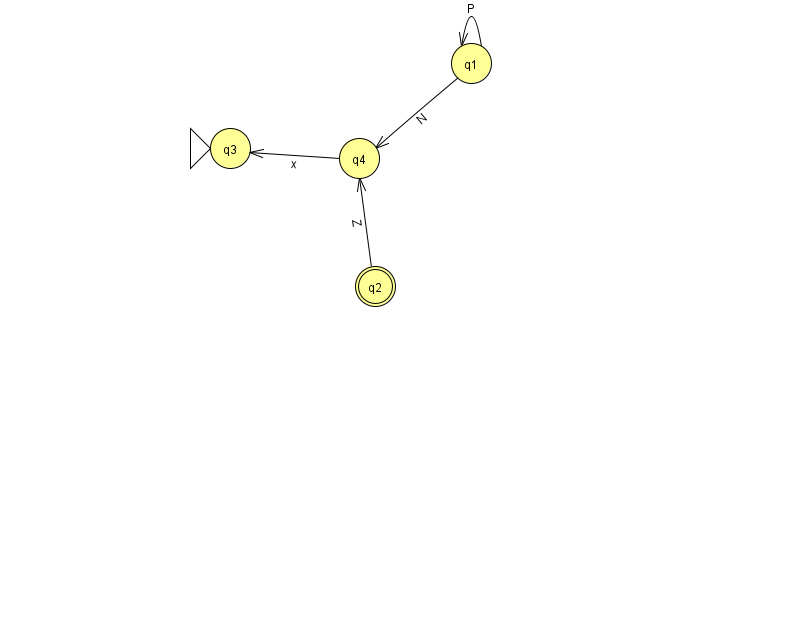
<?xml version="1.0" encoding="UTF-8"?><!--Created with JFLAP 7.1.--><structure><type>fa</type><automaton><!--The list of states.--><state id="1" name="q1"><x>471.0</x><y>50.0</y></state><state id="2" name="q2"><x>375.0</x><y>273.0</y><final/></state><state id="3" name="q3"><x>230.0</x><y>135.0</y><initial/></state><state id="4" name="q4"><x>359.0</x><y>145.0</y></state><!--The list of transitions.--><transition><from>1</from><to>1</to><read>P</read></transition><transition><from>4</from><to>3</to><read>x</read></transition><transition><from>1</from><to>4</to><read>N</read></transition><transition><from>2</from><to>4</to><read>Z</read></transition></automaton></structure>